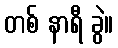
တစ် နာရီ ခွဲ။